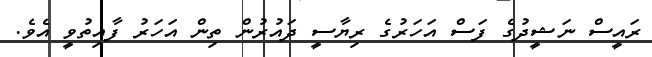
ރައީސް ނަޝީދުގެ ފަސް އަހަރުގެ ރިޔާސީ ދައުރުން ތިން އަހަރު ފާއިތުވީ އެވެ.